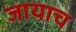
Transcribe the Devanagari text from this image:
जायाच